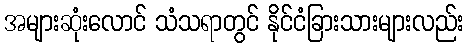
အများဆုံးလောင် သံသရာတွင် နိုင်ငံခြားသားများလည်း